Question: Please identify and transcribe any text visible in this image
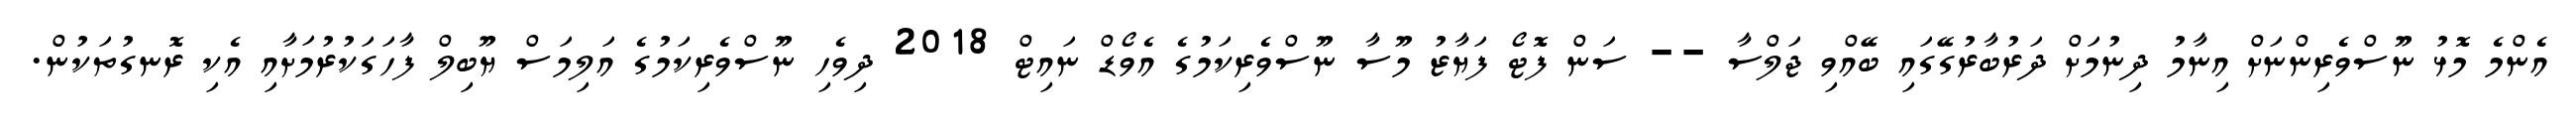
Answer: އެންމެ މޮޅު ނޫސްވެރިންނަށް އިނާމު ދިނުމަށް ދަރުބާރުގޭގައި ބޭއްވި ޖަލްސާ -- ސަން ފޮޓޯ ފަޔާޒު މޫސާ ނޫސްވެރިކަމުގެ އެވޯޑް ނައިޓް 2018 ދިވެހި ނޫސްވެރިކަމުގެ އަލިމަސް ޔޫބިލް ފާހަގަކުރުމަށާއި އެކި ރޮނގުތަކުން.